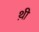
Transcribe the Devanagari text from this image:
थ़ी